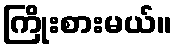
ကြိုးစားမယ်။